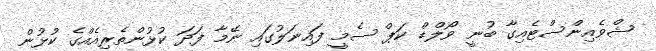
ޝްވެއިންސްޓެއިގާ ބުނީ ވޯލްޑް ކަޕް ސެމީ ފައިނަލުގައި ނޭމާ ފަދަ ކުޅުންތެރިއެއްގެ ކުޅުން